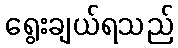
ရွေးချယ်ရသည်